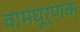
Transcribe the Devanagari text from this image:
वामघूर्णक